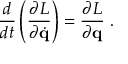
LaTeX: { \frac { d } { d t } } \left( { \frac { \partial L } { \partial { \dot { \mathbf { q } } } } } \right) = { \frac { \partial L } { \partial \mathbf { q } } } ~ .